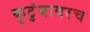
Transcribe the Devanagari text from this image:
कुटुंबावरच